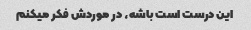
این درست است باشه، در موردش فکر میکنم